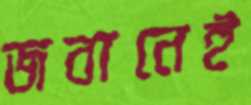
জবানেই